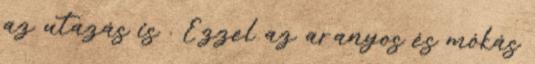
az utazás is . Ezzel az aranyos és mókás